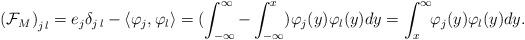
LaTeX: \begin{align*}\left(\mathcal{F}_M\right)_{j\,l}=e_j\delta_{j\,l}-\langle\varphi_j,\varphi_l\rangle=(\int_{-\infty}^\infty-\int_{-\infty}^x)\varphi_j(y)\varphi_l(y)dy=\int_x^\infty \!\!\varphi_j(y)\varphi_l(y)dy.\end{align*}